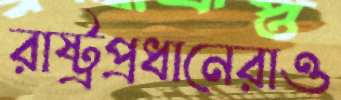
রাষ্ট্রপ্রধানেরাও